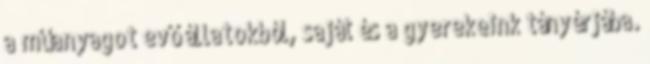
a műanyagot evő állatokból, saját és a gyerekeink tányérjába.